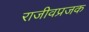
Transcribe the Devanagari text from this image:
राजीवप्रजक